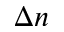
\Delta n